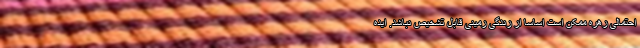
احتمالی زهره ممکن است اساساً از زندگی زمینی قابل تشخیص نباشد. ایده